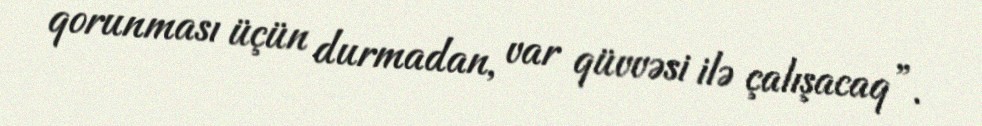
qorunması üçün durmadan, var qüvvəsi ilə çalışacaq”.